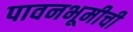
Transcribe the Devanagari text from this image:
पावनभूमीची